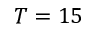
T = 1 5